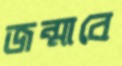
জন্মাবে